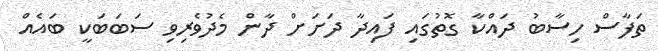
ތަފާސް ހިސާބު ދައްކާ ގޮތުގައި ފައިދާ ދަށަށް ދާން މެދުވެރިވި ސަބަބަކީ ބައެއް